Civil Veterinary Dept. North-West Frontier Province 1923-32 - 1923-1932
Year: 1923
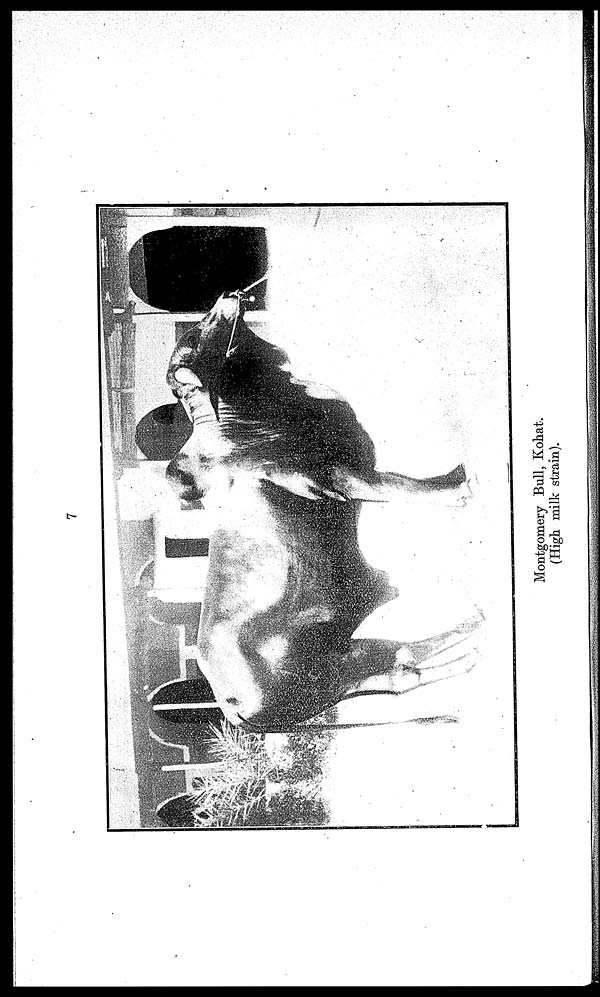
7
Montgomery Bull, Kohat.
(High milk strain).